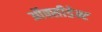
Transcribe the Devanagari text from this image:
ऑक्सीडेन्ट